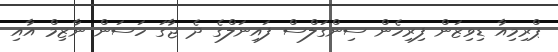
ޕްރިމިއާ ޑިވިޒަން ފިރިހެން ސިންގަލްސް ފައިނަލްގެ ދެ ޖާގަ ހަސަން ނާޒިމް އާއި